Indian journal of veterinary science and animal husbandry - Volume 3,
Year: 1933
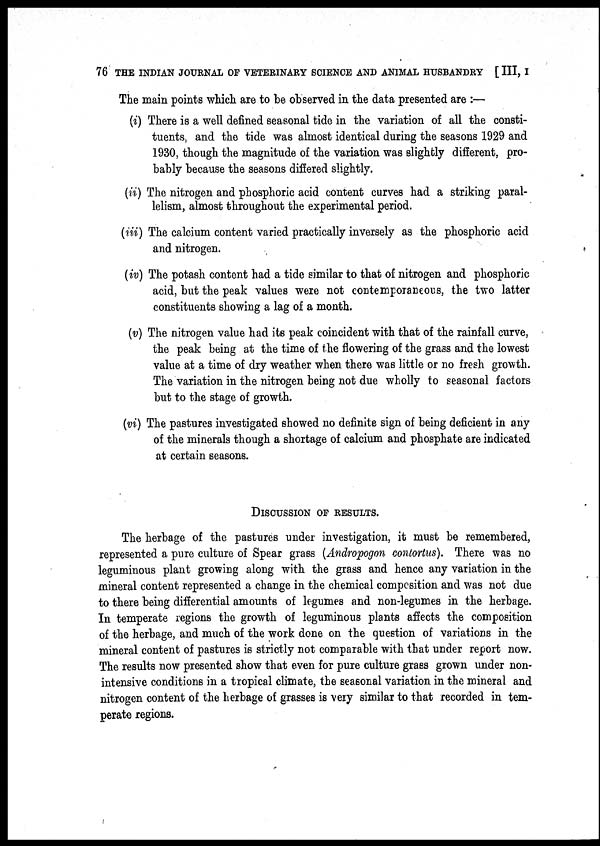
76 THE INDIAN JOURNAL OF VETERINARY SCIENCE AND ANIMAL HUSBANDRY [ III, I
The main points which are to be observed in the data presented are :—
(i) There is a well defined seasonal tide in the variation of all the consti-
tuents, and the tide was almost identical during the seasons 1929 and
1930, though the magnitude of the variation was slightly different, pro-
bably because the seasons differed slightly.
(ii) The nitrogen and phosphoric acid content curves had a striking paral-
lelism, almost throughout the experimental period.
(iii) The calcium content varied practically inversely as the phosphoric acid
and nitrogen.
(iv) The potash content had a tide similar to that of nitrogen and phosphoric
acid, but the peak values were not contemporaneous, the two latter
constituents showing a lag of a month.
(v) The nitrogen value had its peak coincident with that of the rainfall curve,
the peak being at the time of the flowering of the grass and the lowest
value at a time of dry weather when there was little or no fresh growth.
The variation in the nitrogen being not due wholly to seasonal factors
but to the stage of growth.
(vi) The pastures investigated showed no definite sign of being deficient in any
of the minerals though a shortage of calcium and phosphate are indicated
at certain seasons.
DISCUSSION OF RESULTS.
The herbage of the pastures under investigation, it must be remembered,
represented a pure culture of Spear grass (Andropogon contortus). There was no
leguminous plant growing along with the grass and hence any variation in the
mineral content represented a change in the chemical composition and was not due
to there being differential amounts of legumes and non-legumes in the herbage.
In temperate regions the growth of leguminous plants affects the composition
of the herbage, and much of the work done on the question of variations in the
mineral content of pastures is strictly not comparable with that under report now.
The results now presented show that even for pure culture grass grown under non-
intensive conditions in a tropical climate, the seasonal variation in the mineral and
nitrogen content of the herbage of grasses is very similar to that recorded in tem-
perate regions.